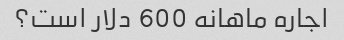
اجاره ماهانه 600 دلار است؟